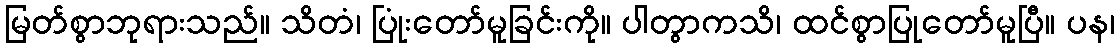
မြတ်စွာဘုရားသည်။ သိတံ၊ ပြုံးတော်မူခြင်းကို။ ပါတွာကသိ၊ ထင်စွာပြုတော်မူပြီ။ ပန၊